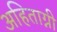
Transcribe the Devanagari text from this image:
अहिताग्नी